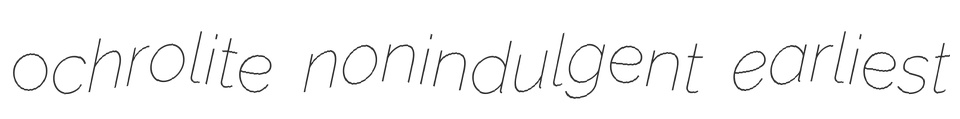
ochrolite nonindulgent earliest